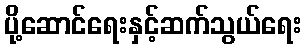
ပို့ဆောင်ရေးနှင့်ဆက်သွယ်ရေး